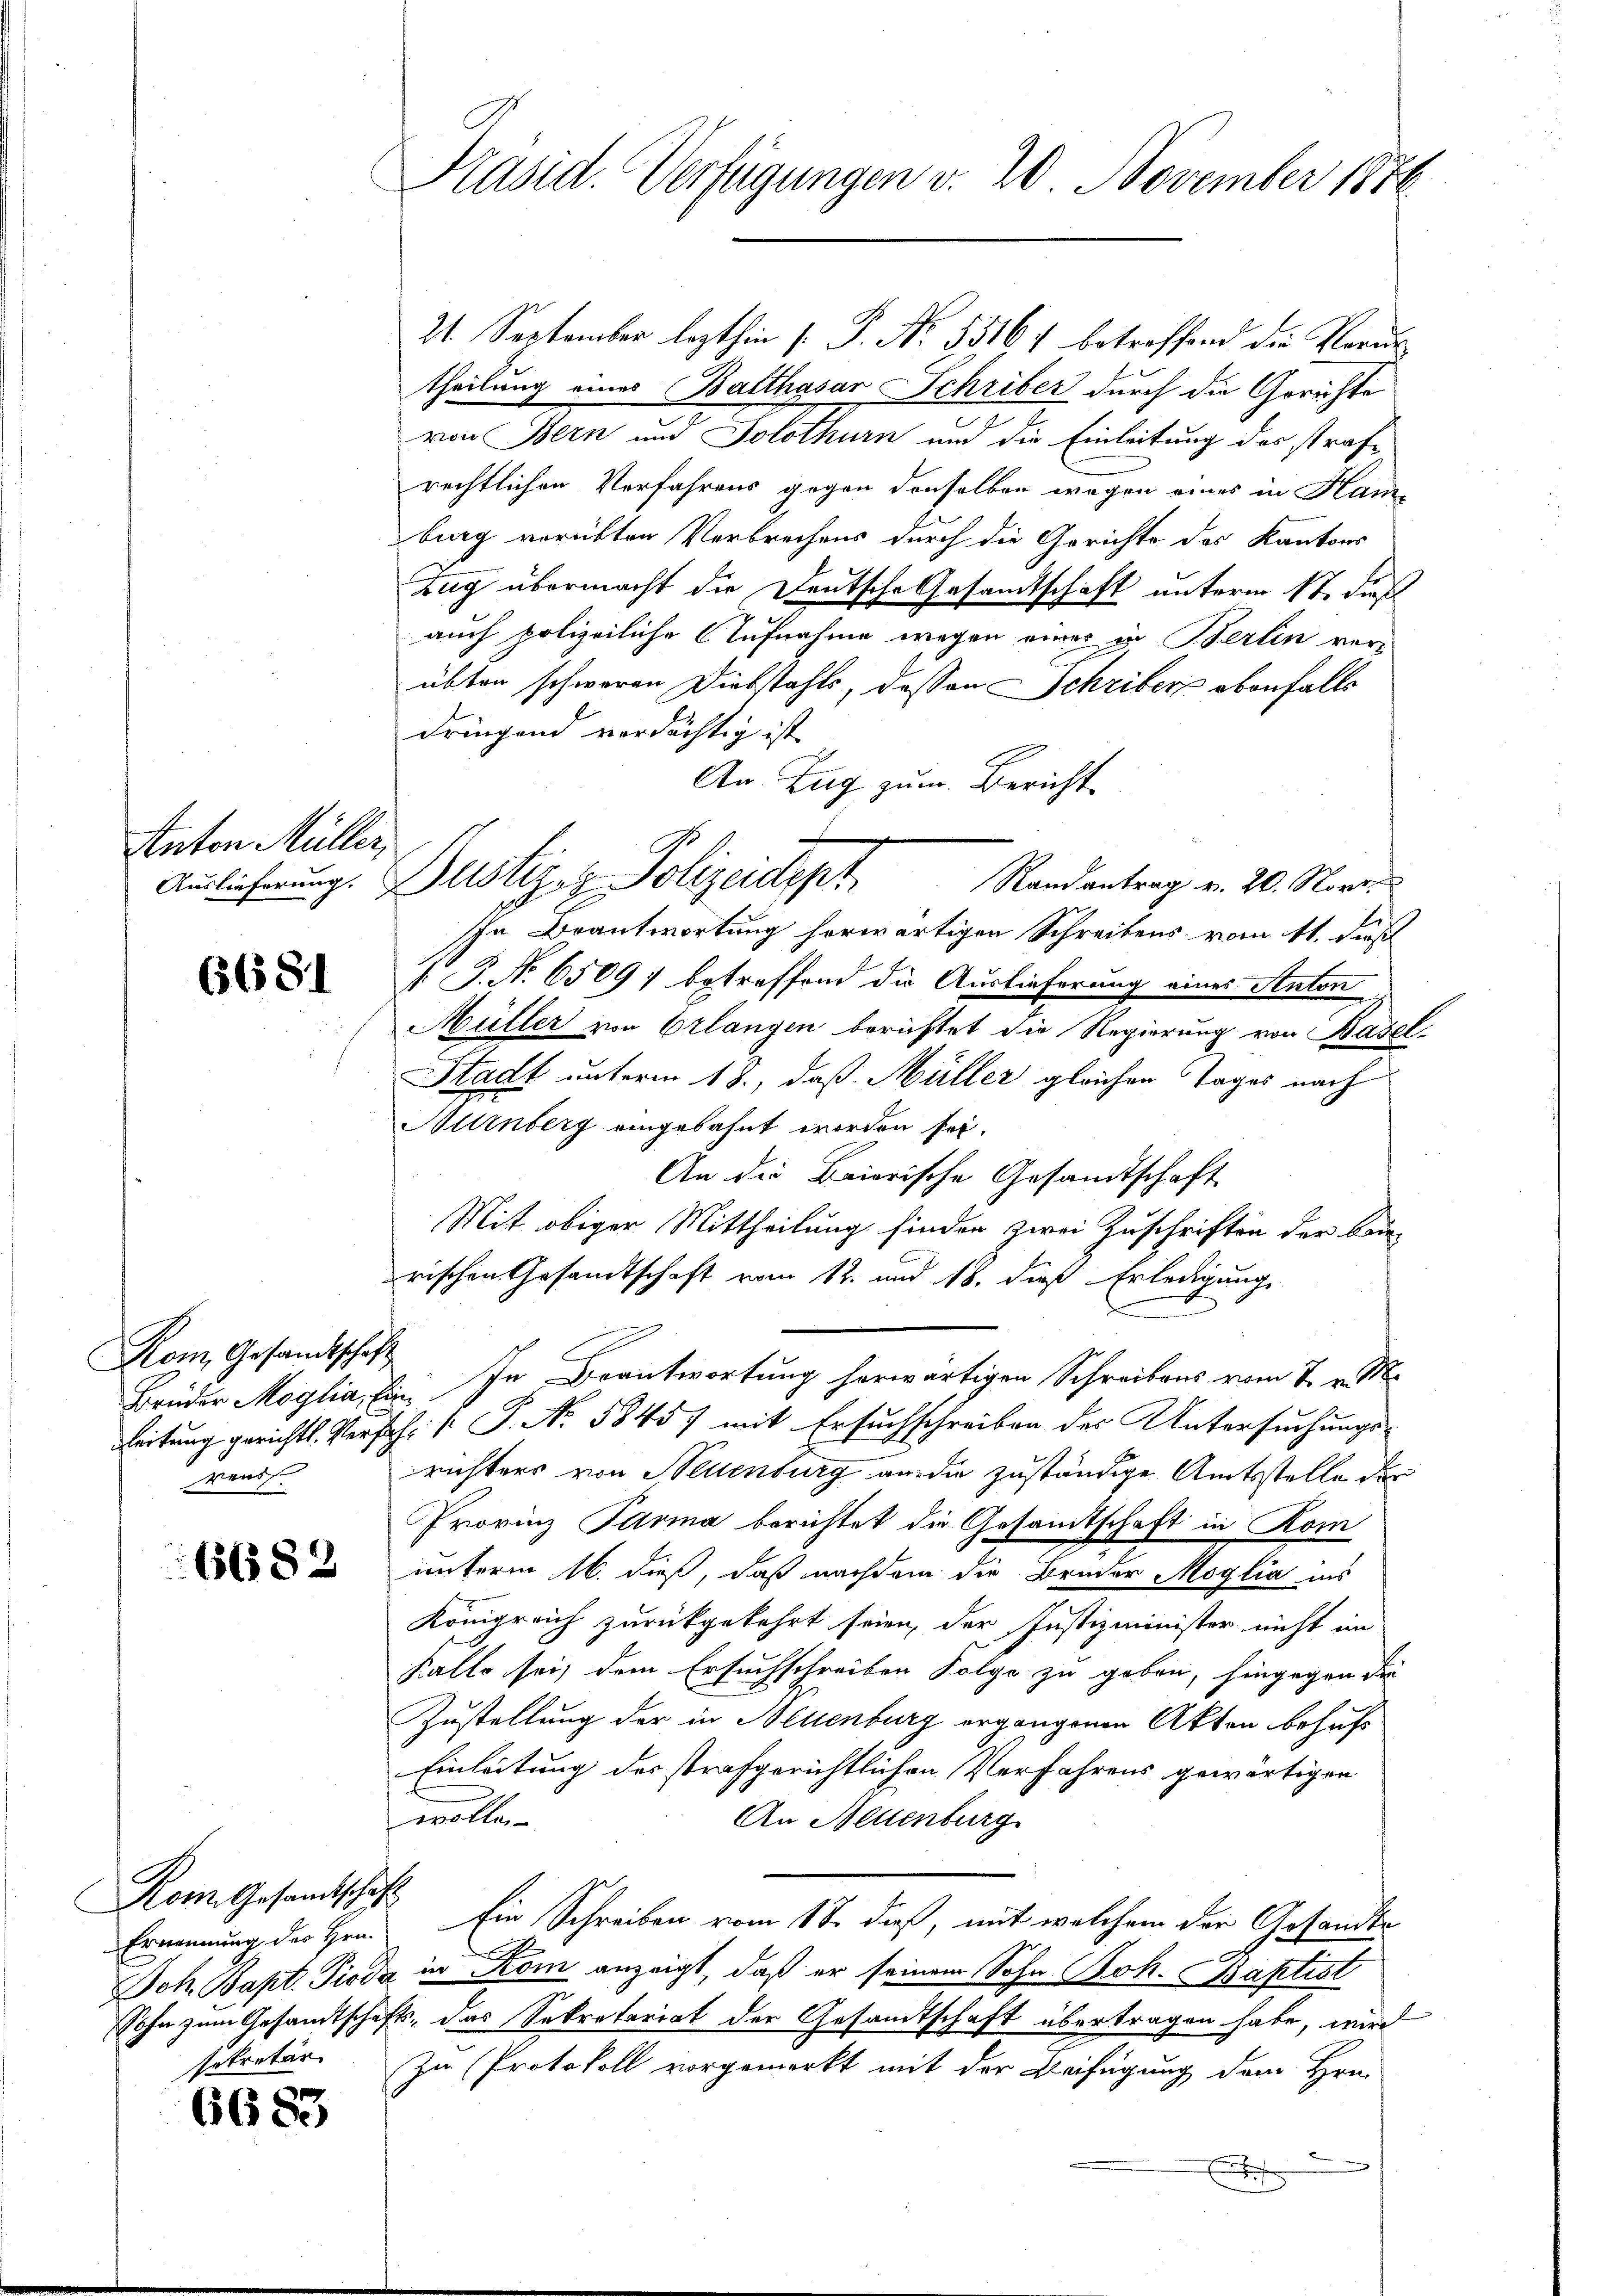
Anton Müller,
Auslieferung.

6681

Kom Gesandtschaft
reud

6682

Rom. Gesandtschaft

668

2

Präsid. Verfügungen v. 20 November 1876

21. September lezthin (: P. Nr. 55167 betreffend die Verur
theilung eines Balthasar Schriber durch die Gerichte
von Bern und Solothurn und die Einleitung des strafe
rechtlichen Verfahrens gegen denselben wegen eines in Kamburg verübten Verbrechens durch die Gerichte des Kantons
Zug übermacht die Deutsche Gesandtschaft unterm 1t durch
auch polizeiliche Aufnahme wegen einer in Berlin verübten schweren Diebstahls, dessen Schriber ebenfalls
dringend verdächtig ist
An Zug zum Bericht
Randantrag v. 20. Nove
Ichn Beantwortung herwärtigen Schreibens vom 11. dieß
1 P. No 65097 betreffend die Auslieferung eines Anton
Müller von Erlangen berichtet die Regierung von Basel-
Stadt unterm 18., daß Müller gleichen Tages nach
Hürnberg eingebahnt worden sei.
An die Baierische Gesandtschaft
Mit obiger Mittheilung finden zwei Zuschriften der Baue
rischen Gesandtschaft vom 12. und 18. dieß Erledigung
x
Brüder Moglia, Ein In Beantwortung herwärtigen Schreibens vom 7. v. M.
Leitung gerichts. Verfahr (: P. Nr. 58457 mit Ersuchschreiben des Untersuchungsrichters von Stellenburg an die zuständige Amtsstelle der
Provinz Parma berichtet die Gesamtschaft in Kom
unterm 16. dieß, daß nachdem die Bruder Moglia ins
Königreich zurückgekehrt seien, der Justizminister nicht im
Kallo sei dem Ersuchschreiben Folge zu geben, hingegen die
Zustellung der in Neuenburg ergangenen Akten behufs
Einleitung des strafgerichtlichen Verfahrens gewärtigen
wolle
An Aettenburg
Ernennung der Hrn. Ein Schreiben vom 18. daß, mit welchem der Gesandte
Joh. Bapt. Pioda in Rom anzeigt, daß er seinem Sohn Joh. Baptist
Sohn zum Gesandtschaft, das Sekretariat der Gesandtschaft übertragen habe, wird
sekretär. Zu Protokoll vorgemerkt mit der Beifügung dem Hrn.
n
n

Bustiz- & Polizeidigt